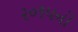
૨૦૧૫નો